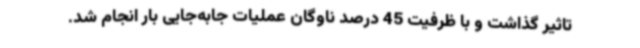
تاثیر گذاشت و با ظرفیت 45 درصد ناوگان عملیات جابه‌جایی بار انجام شد.